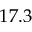
1 7 . 3